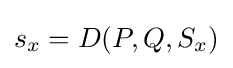
s_{x}=D(P,Q,S_{x})